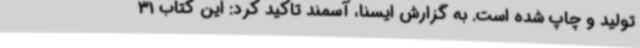
تولید و چاپ شده است. به گزارش ایسنا، آسمند تاکید کرد: این کتاب 31